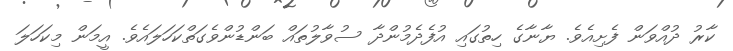
ކާރު ދުއްވަން ފެށިއެވެ. ޔާނާގެ ހިތުގައި އުފެދެމުންދާ ސުވާލުތައް ބަންޑުންވެގަތްކަހަލައެވެ. އީމަން މިކަހަލަ